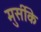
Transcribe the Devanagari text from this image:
मुर्सीके